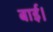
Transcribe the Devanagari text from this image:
बाई।